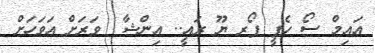
އައިމް ސޯ ހެޕީ ފޯރ ޔޫ ރައީ.. އިންޝާ  ވަރަށް އަވަހަށް